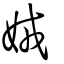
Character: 娀